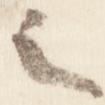
之